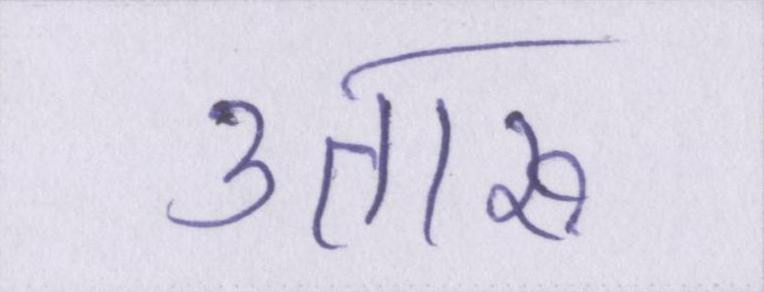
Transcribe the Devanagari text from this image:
उतारू